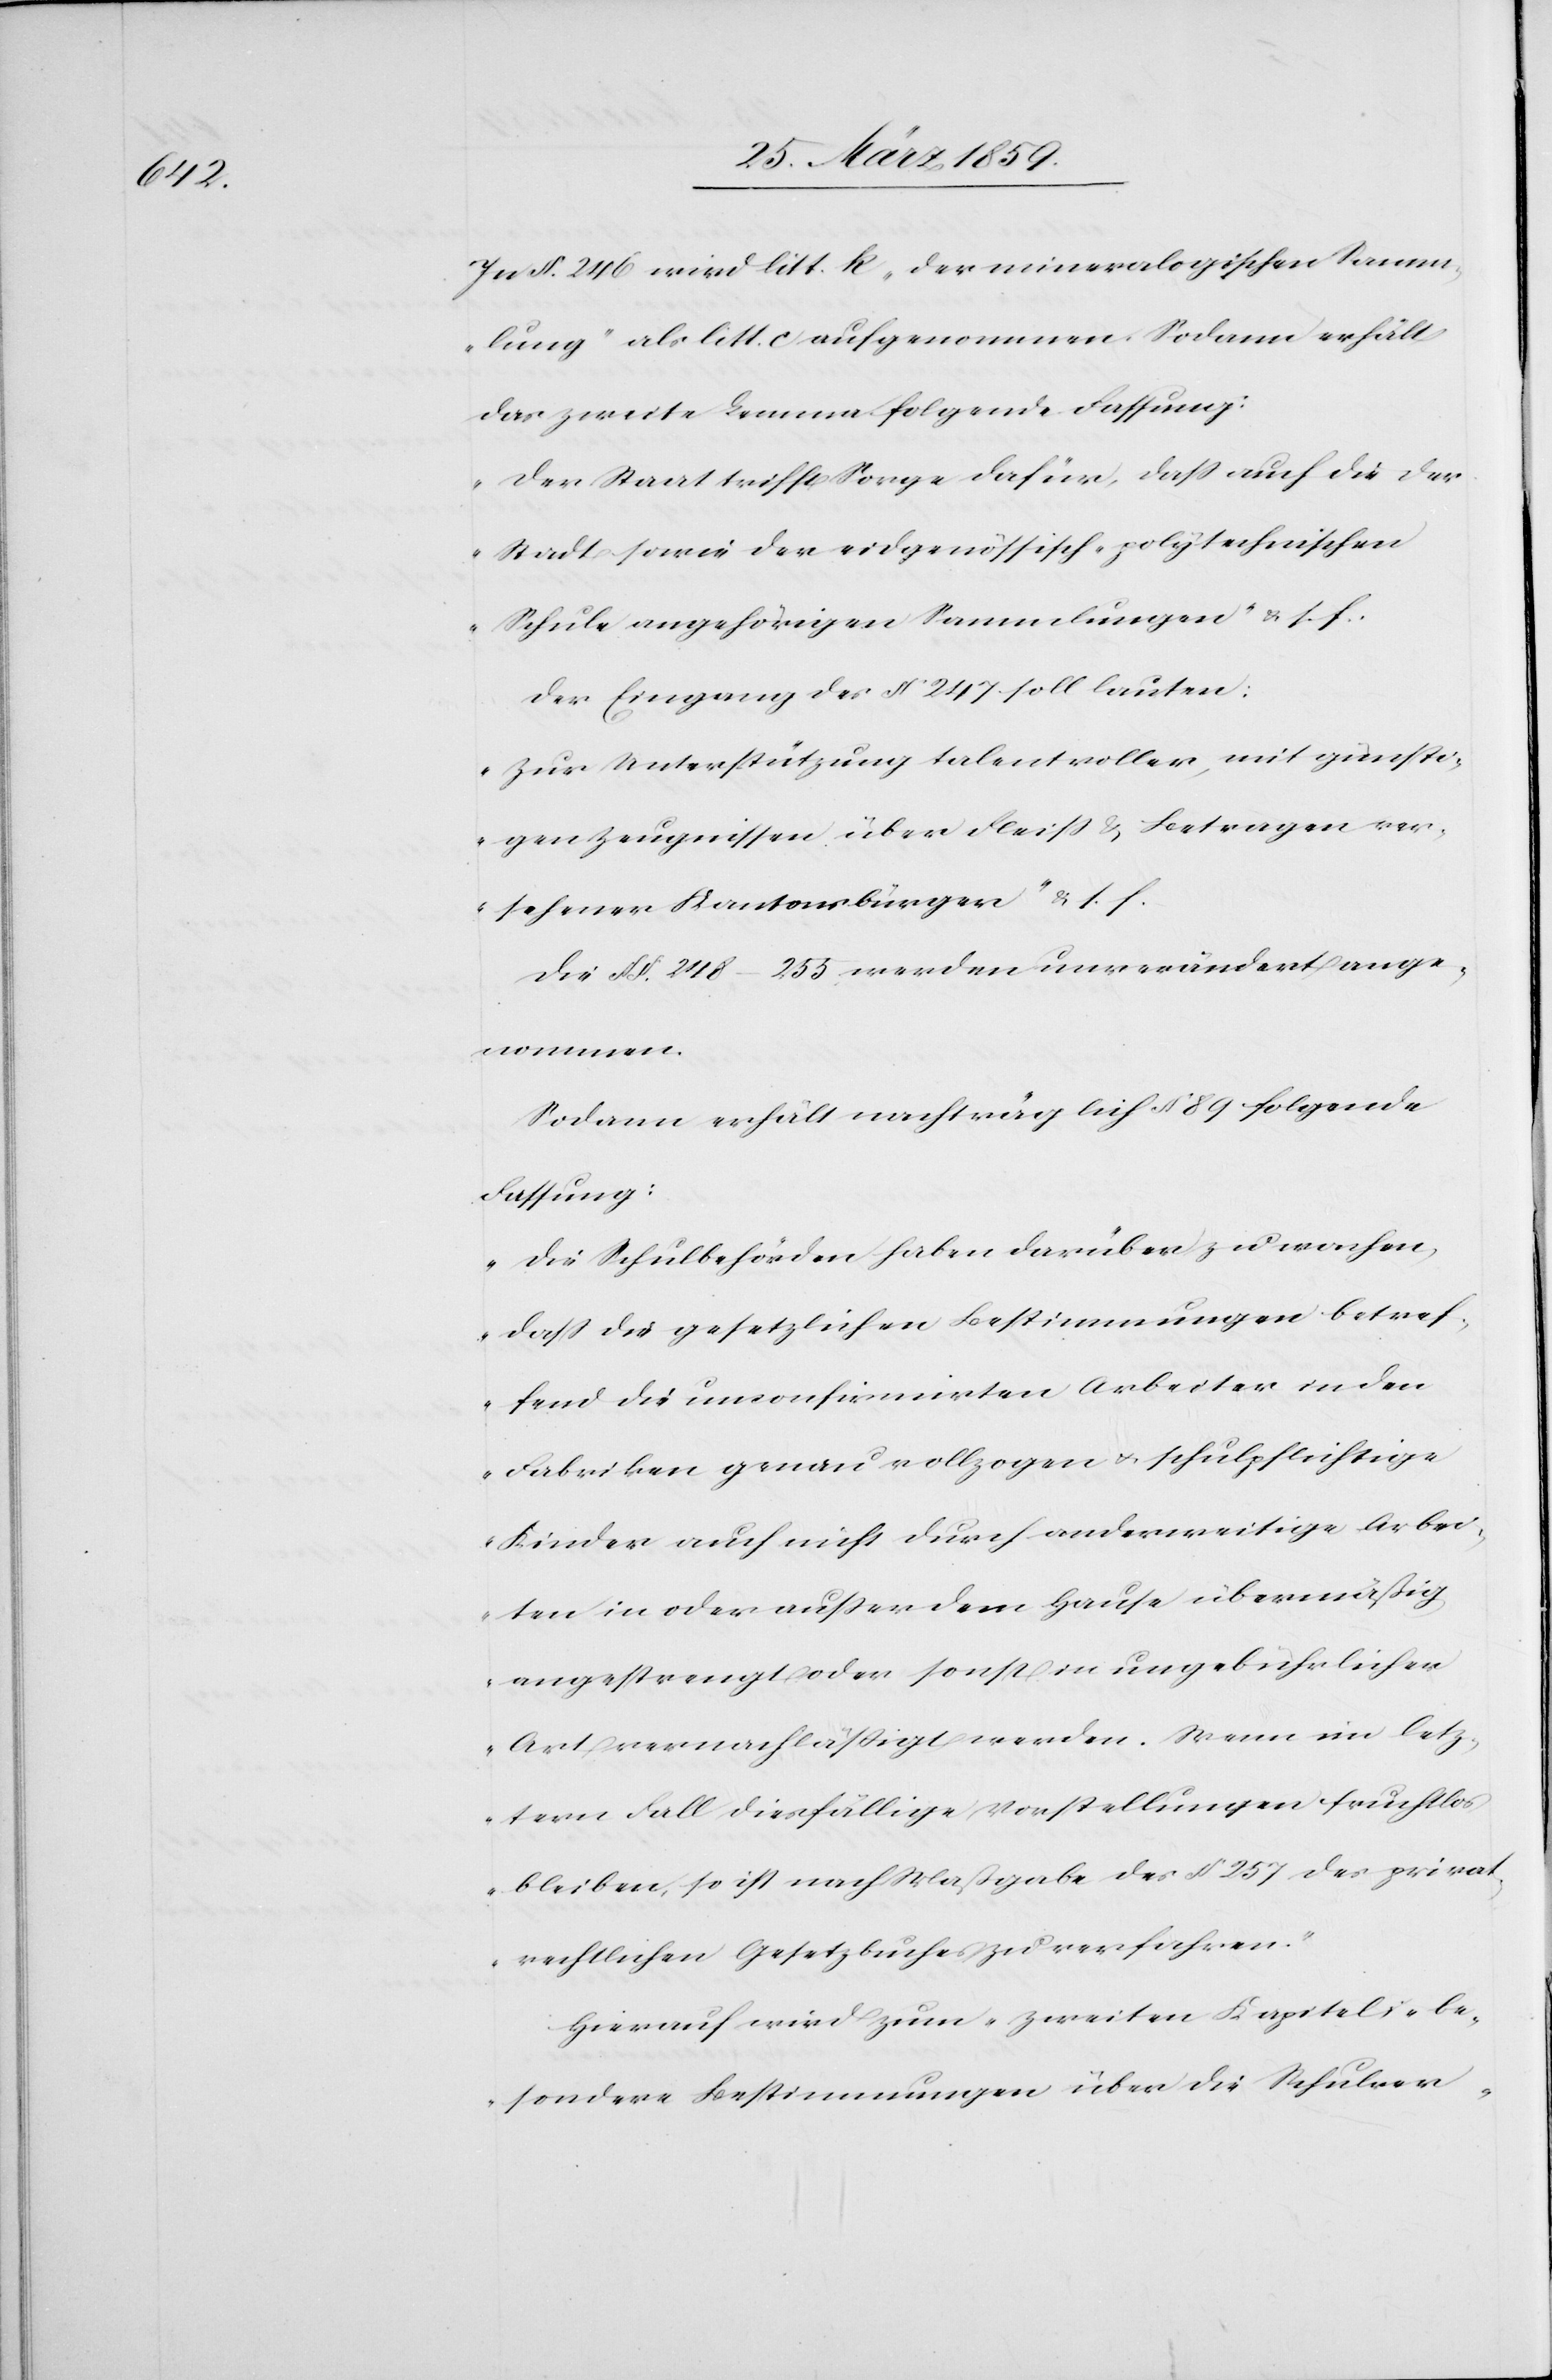
In §. 246 wird litt. k. „der mineralogischen Samm¬
lung“ als litt. c aufgenommen. Sodann erhält
das zweite Lemma folgende Fassung:
„Der Staat trifft Sorge dafür, daß auch die der
Stadt sowie der eidgenössisch-polytechnischen
Schule angehörigen Sammlungen“ u. s. f.
Der Eingang des § 247 soll lauten:
„Zur Unterstützung talentvoller, mit günsti¬
gen Zeugnissen über Fleiß & Betragen ver¬
sehener Kantonsbürger“ u. s. f.
Die §§. 248–255 werden unverändert ange¬
nommen.
Sodann erhält nachträglich § 89 folgende
Fassung:
„Die Schulbehörden haben darüber zu wachen,
daß die gesetzlichen Bestimmungen betref¬
fend die unconfirmirten Arbeiter in den
Fabriken genau vollzogen u. schulpflichtige
Kinder auch nicht durch anderweitige Arbei¬
ten in oder außer dem Hause übermäßig
angestrengt oder sonst in ungebührlicher
Art vernachläßigt werden. Wenn im letz¬
tern Fall diesfällige Vorstellungen fruchtlos
bleiben, so ist nach Maßgabe des § 257 des privat¬
rechtlichen Gesetzbuches zu verfahren.“
Hierauf wird zum zweiten Kapitel; „be¬
sondere Bestimmungen über die Schulver-